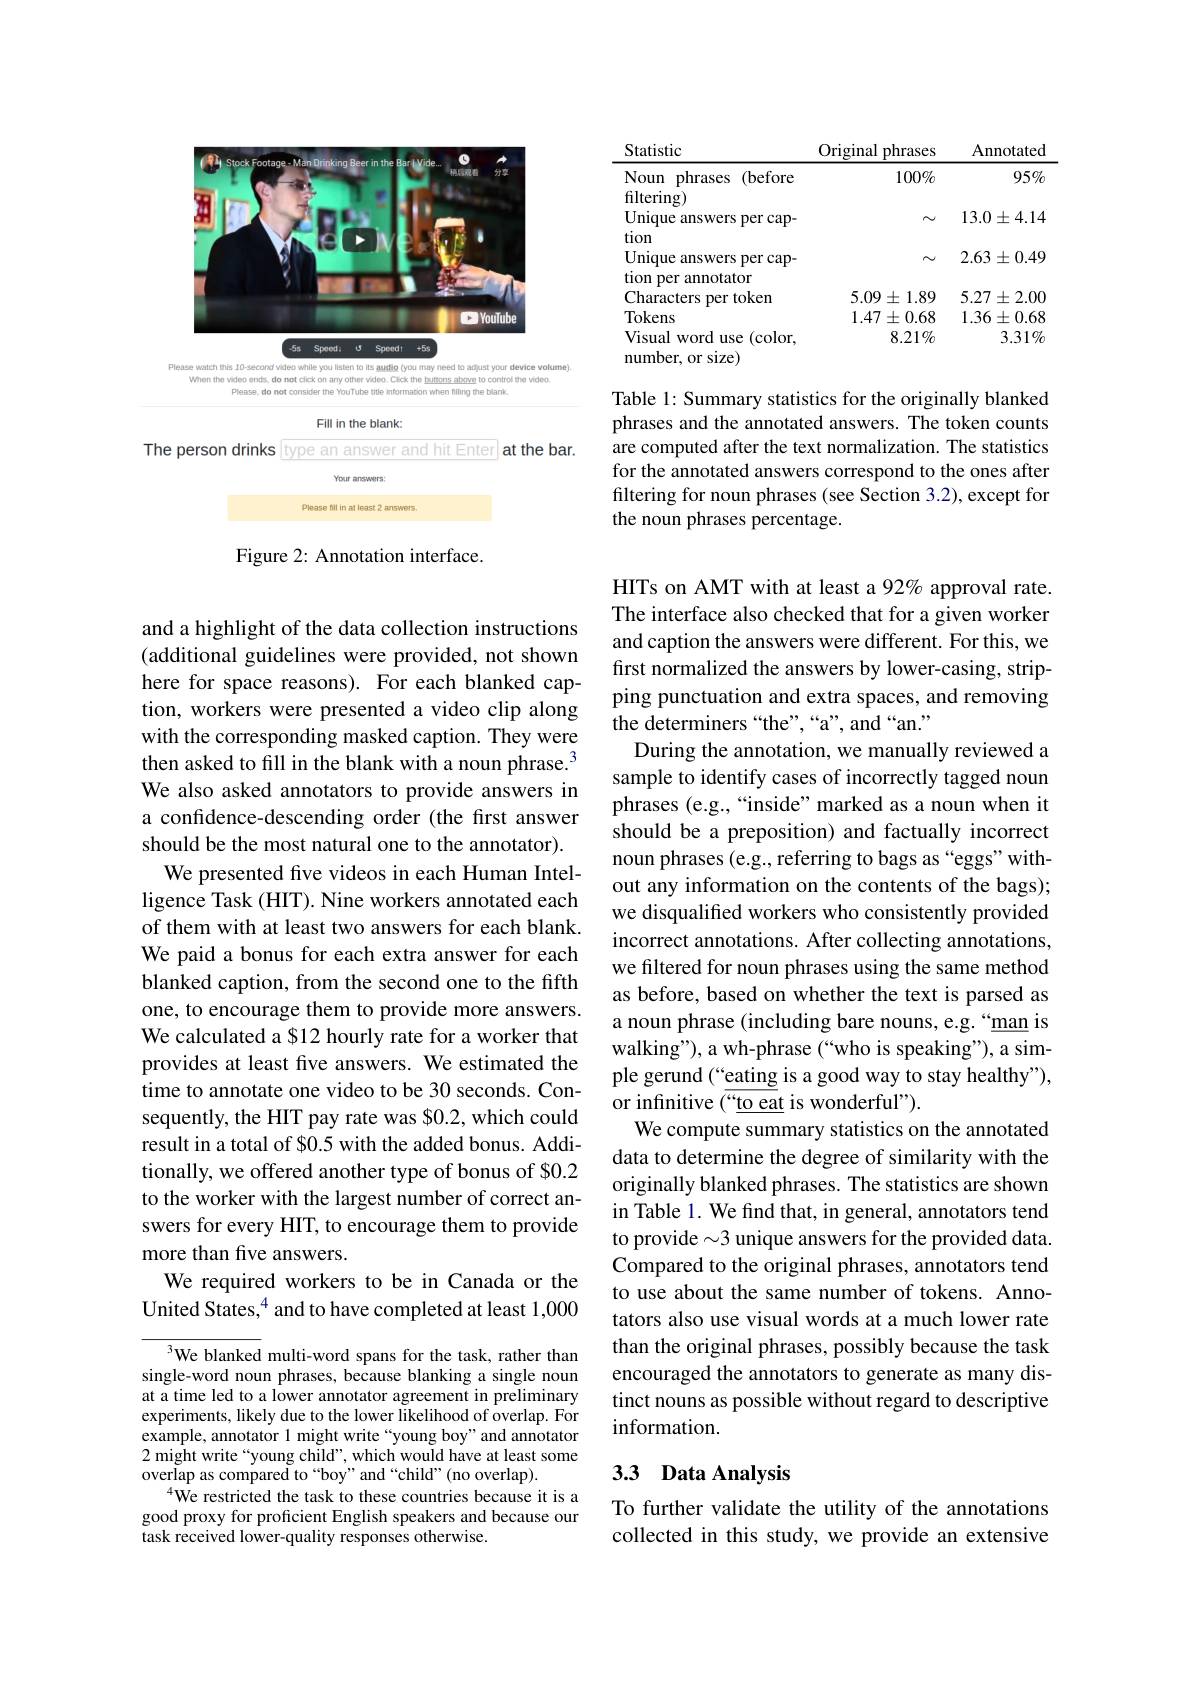
<FigureHere>

Figure 2: Annotation interface.

and a highlight of the data collection instructions (additional guidelines were provided, not shown here for space reasons). For each blanked caption, workers were presented a video clip along with the corresponding masked caption. They were then asked to fill in the blank with a noun phrase.$^{3}$ We also asked annotators to provide answers in a confidence-descending order (the first answer should be the most natural one to the annotator).
We presented five videos in each Human Intelligence Task (HIT). Nine workers annotated each of them with at least two answers for each blank. We paid a bonus for each extra answer for each blanked caption, from the second one to the fifth one, to encourage them to provide more answers. We calculated a $12 hourly rate for a worker that provides at least five answers. We estimated the time to annotate one video to be 30 seconds. Consequently, the HIT pay rate was $0.2, which could result in a total of $0.5 with the added bonus. Additionally, we offered another type of bonus of $0.2 to the worker with the largest number of correct answers for every HIT, to encourage them to provide more than five answers.
We required workers to be in Canada or the United States,$^{4}$ and to have completed at least 1,000

${^{3}\text{We blanked }}{\mathrm{multi-word~spans~for~the~task,~rather~than}}$ single-word noun phrases, because blanking a single noun at a time led to a lower annotator agreement in preliminary experiments, likely due to the lower likelihood of overlap. For example, annotator 1 might write “young boy”and annotator 2 might write“young child”, which would have at least some overlap as compared to“boy”and“child”(nooverlap).
$^{4}$We restricted the task to these countries because it is a good proxy for proficient English speakers and because our task received lower-quality responses otherwise.

<table>
	<tbody>
		<tr>
			<td>Noun phrases (before filtering)</td>
			<td>$100\%$</td>
			<td>$95\%$</td>
		</tr>
		<tr>
			<td>Unique answers per cap- tion</td>
			<td>N</td>
			<td>$13.0\pm4.14$</td>
		</tr>
		<tr>
			<td>Unique answers per cap- tion per annotator</td>
			<td>$N$</td>
			<td>$2.63\pm0.49$</td>
		</tr>
		<tr>
			<td>Characters s per token</td>
			<td>$5.09\pm1.89$</td>
			<td>$5.27\pm2.00$</td>
		</tr>
		<tr>
			<td>Tokens</td>
			<td>$1.47\pm0.68$</td>
			<td>$1.36\pm0.68$</td>
		</tr>
		<tr>
			<td>Visual l word use (color</td>
			<td>$8.21\%$</td>
			<td>$3.31\%$</td>
		</tr>
	</tbody>
</table>

Table 1: Summary statistics for the originally blanked phrases and the annotated answers. The token counts are computed after the text normalization. The statistics for the annotated answers correspond to the ones after filtering for noun phrases (see Section 3.2), except for the noun phrases percentage.

HITs on AMT with at least a 92% approval rate. The interface also checked that for a given worker and caption the answers were different. For this, we first normalized the answers by lower-casing, stripping punctuation and extra spaces, and removing the determiners“the”,“a”, and“an.”
During the annotation, we manually reviewed a sample to identify cases of incorrectly tagged noun phrases (e.g.,“inside”marked as a noun when it should be a preposition) and factually incorrect noun phrases (e.g., referring to bags as“eggs”without any information on the contents of the bags); we disqualified workers who consistently provided incorrect annotations. After collecting annotations, we filtered for noun phrases using the same method as before, based on whether the text is parsed as a noun phrase (including bare nouns, e.g.“man is walking"), a wh-phrase (“who is speaking”), a simple gerund (“eating is a good way to stay healthy"), or infinitive (“to eat is wonderful”).
We compute summary statistics on the annotated data to determine the degree of similarity with the originally blanked phrases. The statistics are shown in Table 1. We find that, in general, annotators tend to provide $\sim3$ unique answers for the provided data. Compared to the original phrases, annotators tend to use about the same number of tokens. Annotators also use visual words at a much lower rate than the original phrases, possibly because the task encouraged the annotators to generate as many distinct nouns as possible without regard to descriptive information.

# 3.3 Data Analysis

To further validate the utility of the annotations collected in this study, we provide an extensive